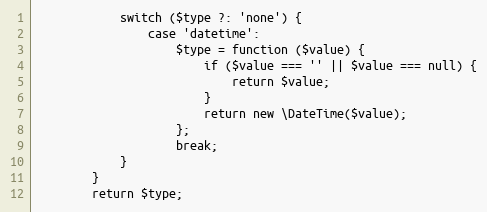
Language: PHP
			switch ($type ?: 'none') {
				case 'datetime':
					$type = function ($value) {
						if ($value === '' || $value === null) {
							return $value;
						}
						return new \DateTime($value);
					};
					break;
			}
		}
		return $type;